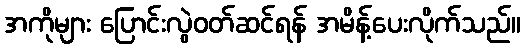
အကိုများ ပြောင်းလွဲဝတ်ဆင်ရန် အမိန့်ပေးလိုက်သည်။